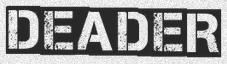
DEADER